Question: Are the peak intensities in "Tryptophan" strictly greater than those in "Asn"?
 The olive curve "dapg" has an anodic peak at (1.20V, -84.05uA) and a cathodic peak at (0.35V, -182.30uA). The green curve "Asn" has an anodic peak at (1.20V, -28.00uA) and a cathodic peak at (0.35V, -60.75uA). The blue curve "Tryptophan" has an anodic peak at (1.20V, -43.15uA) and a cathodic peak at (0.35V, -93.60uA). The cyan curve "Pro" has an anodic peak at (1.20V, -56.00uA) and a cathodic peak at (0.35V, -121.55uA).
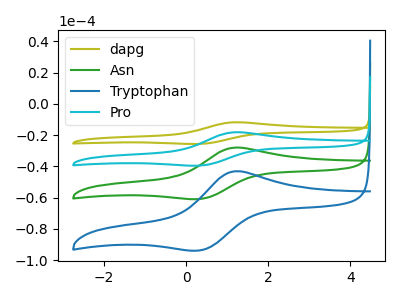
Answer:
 <answer>The peaks in "Tryptophan" are neither all higher or all lower than the peaks in "Asn".</answer>
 <eval>mixed</eval>